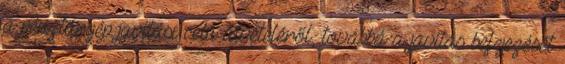
a pénztárgép javítási célú átvételéről, továbbá a javítás befejezését